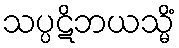
သပ္ပဋိဘယသ္မိံ